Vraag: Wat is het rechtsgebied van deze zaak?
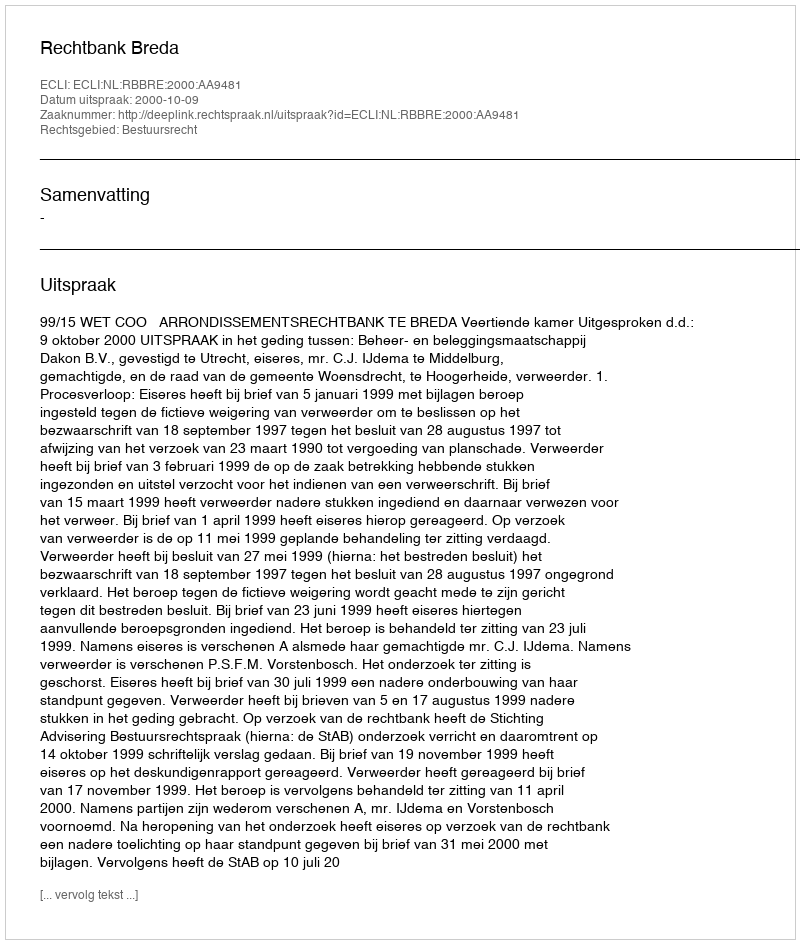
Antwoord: Bestuursrecht